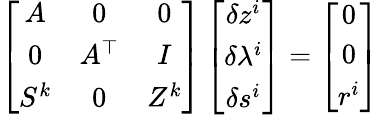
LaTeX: \left[\begin{array}{ccc}{{A}}&{{0}}&{{0}}\\ {{0}}&{{A}^{\top}}&{{I}}\\ {{S^{k}}}&{{0}}&{{Z^{k}}}\end{array}\right]\left[\begin{array}{c}{\delta{z}^{i}}\\ {\delta\lambda^{i}}\\ {\delta{s}^{i}}\end{array}\right]=\left[\begin{array}{c}{0}\\ {0}\\ {r^{i}}\end{array}\right]